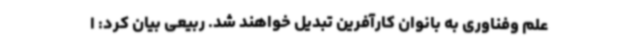
علم وفناوری به بانوان کارآفرین تبدیل خواهند شد. ربیعی بیان کرد: ا